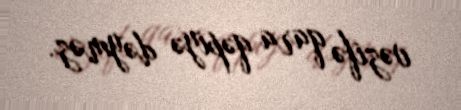
vəzifə qara qəpiyə dəyməz.